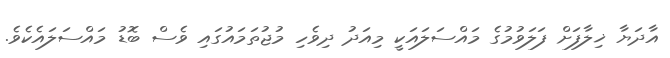
އާދަޔާ ޚިލާފަށް ފަލަވުމުގެ މައްސަލައަކީ މިއަދު ދިވެހި މުޖުތަމައުގައި ވެސް ބޮޑު މައްސަލައެކެވެ.